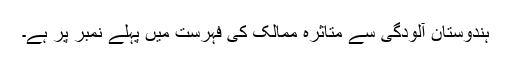
ہندوستان آلودگی سے متاثرہ ممالک کی فہرست میں پہلے نمبر پر ہے۔